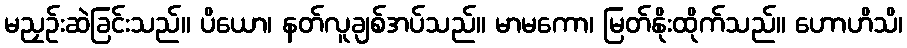
မညှဉ်းဆဲခြင်းသည်။ ပိယော၊ နတ်လူချစ်အပ်သည်။ မာမကော၊ မြတ်နိုးထိုက်သည်။ ဟောဟိသိ၊